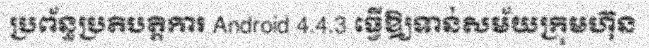
ប្រព័ន្ធប្រតិបត្តិការ Android 4.4.3 ធ្វើឱ្យទាន់សម័យក្រុមហ៊ុន